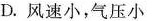
D.风速小，气压小